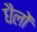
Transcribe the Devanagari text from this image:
धैलों